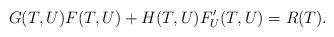
LaTeX: \begin{align*}G(T,U)F(T,U)+H(T,U)F'_U(T,U)=R(T).\end{align*}